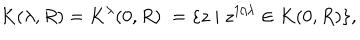
K ( \lambda , R ) = K ^ { \lambda } ( 0 , R ) : = \{ z \mid z ^ { 1 / \lambda } \in K ( 0 , R ) \} ,